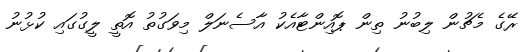
ރޭގެ މެޗުން ލިބުނު ތިން ޕޮއިންޓާއެކު އާސެނަލް މިވަގުތު އޮތީ ލީގުގައި ކުޅުނު